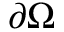
\partial \Omega